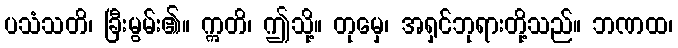
ပသံသတိ၊ ခြီးမွမ်း၏။ ဣတိ၊ ဤသို့။ တုမှေ၊ အရှင်ဘုရားတို့သည်။ ဘဏထ၊